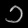
Digit: ၁